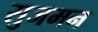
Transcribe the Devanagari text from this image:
सुजमन